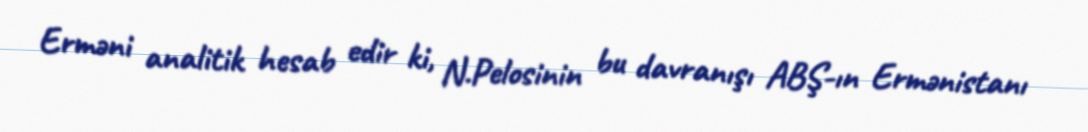
Erməni analitik hesab edir ki, N.Pelosinin bu davranışı ABŞ-ın Ermənistanı